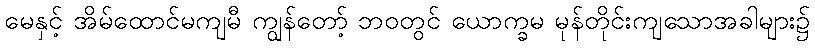
မေနှင့် အိမ်ထောင်မကျမီ ကျွန်တော့် ဘဝတွင် ယောက္ခမ မုန်တိုင်းကျသောအခါများ၌